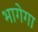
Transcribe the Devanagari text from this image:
भागेगा